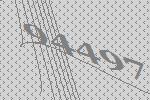
94497